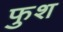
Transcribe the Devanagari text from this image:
फुश